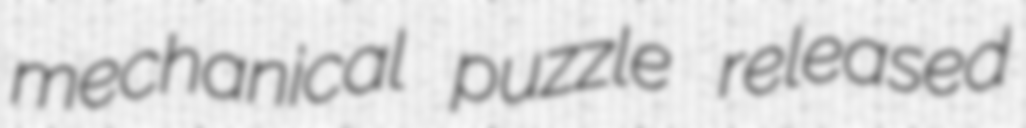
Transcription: mechanical puzzle released